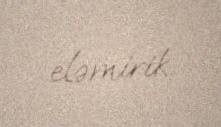
eləmirik.